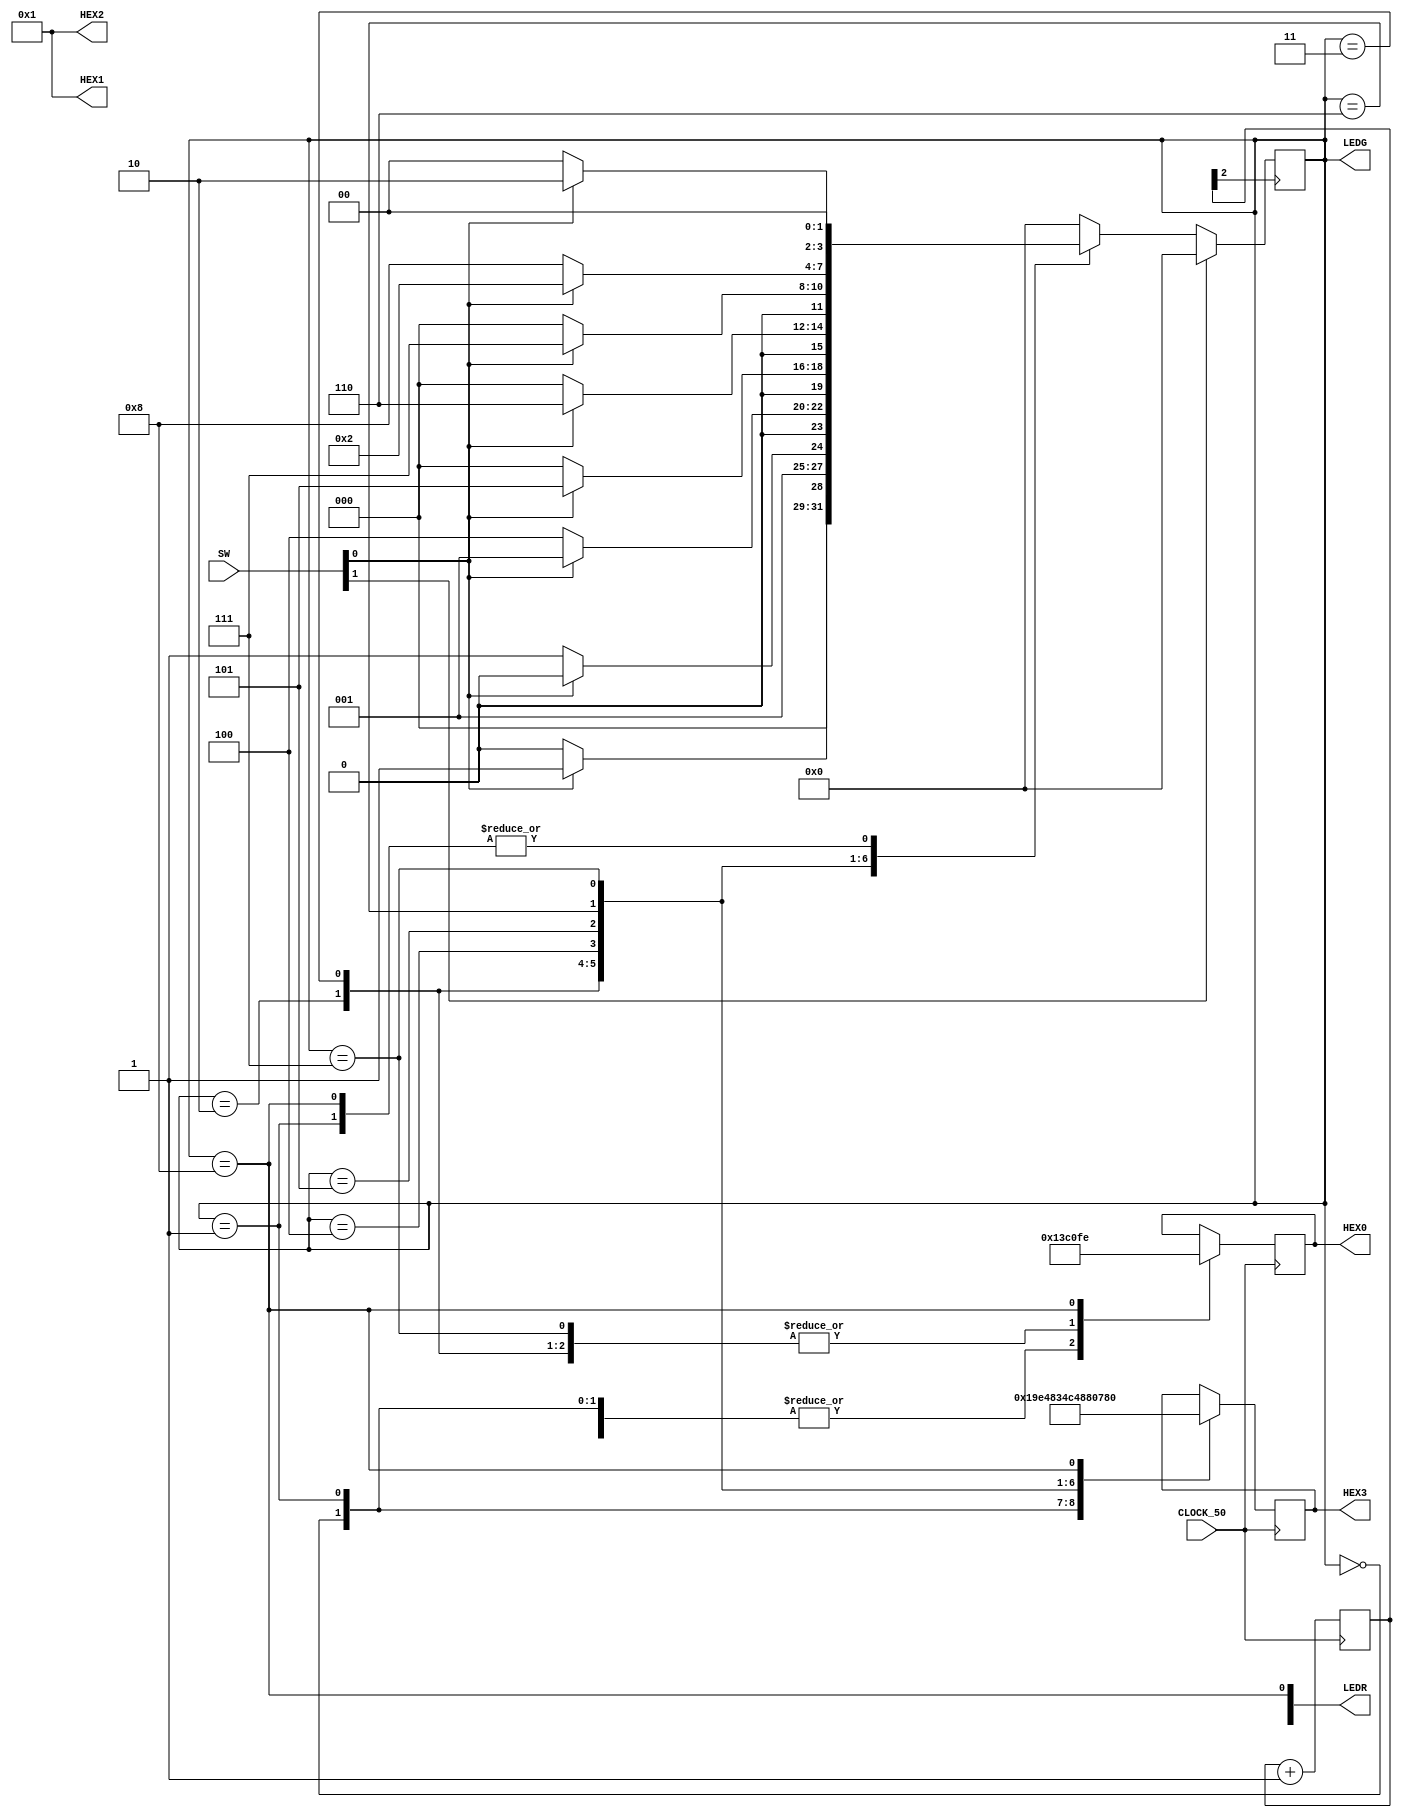
module lr6(input [1:0]SW,input CLOCK_50,output [1:0]LEDR,output [3:0]LEDG,output reg[6:0]HEX0,output reg[6:0]HEX1,output reg[6:0]HEX2,output reg[6:0]HEX3);
parameter [3:0] reset=0,state1=1,state11=2,state110=3,state1100=4,state11001=5,state110011=6,state1100111=7,state11001110=8;

reg[3:0] currentState;
reg[24:0] counter;

initial begin
currentState = reset;
counter=25'b0;
HEX2=7'b1;
HEX1=7'b1;
end

always@(posedge CLOCK_50)
begin
counter=counter+1;
case(currentState)
4'b0000:
begin
HEX3=7'b0000001;
HEX0=7'b1001111;
end
4'b0001:
begin
HEX3=7'b1001111;
HEX0=7'b1001111;
end
4'b0010:
begin
HEX3=7'b0010010;
HEX0=7'b0000001;
end
4'b0011:
begin
HEX3=7'b0000110;
HEX0=7'b0000001;
end
4'b0100:
begin
HEX3=7'b1001100;
HEX0=7'b1001111;
end
4'b0101:
begin
HEX3=7'b0100100;
HEX0=7'b1001111;
end
4'b0110:
begin
HEX3=7'b0100000;
HEX0=7'b1001111;
end
4'b0111:
begin
HEX3=7'b0001111;
HEX0=7'b0000001;
end
4'b1000:
begin
HEX3=7'b0000000;
HEX0=7'b1111110;
end
endcase
end
always@(posedge counter[2])// 
begin
if(SW[1])
 currentState=reset;
 else case(currentState)
reset:
begin
if(SW[0]==1'b1) currentState=state1;
else currentState=reset;
end

state1:
begin
if(SW[0]==1'b0) currentState=reset;
else currentState=state11;
end

state11:
begin
if(SW[0]==1'b0) currentState=state110;
else currentState=state11;
end

state110:
begin
if(SW[0]==1'b0) currentState=state1100;
else currentState=state1;
end

state1100:
begin
if(SW[0]==1'b0) currentState=reset;
else currentState=state11001;
end

state11001:
begin
if(SW[0]==1'b0) currentState=reset;
else currentState=state110011;
end

state110011:
begin
if(SW[0]==1'b0) currentState=reset;
else currentState=state1100111;
end

state1100111:
begin
if(SW[0]==1'b1) currentState=state11;
else currentState=state11001110;
end
state11001110:
begin
if(SW[0]==1'b1) currentState=state11;
else currentState=reset;
end
default:currentState=reset;
endcase
end
assign LEDG[3:0]=currentState[3:0];
assign LEDR[0]=(currentState==state11001110);
endmodule